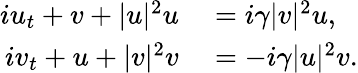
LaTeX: \begin{array}{rl}{iu_{t}+v+|u|^{2}u}&{{}=i\gamma|v|^{2}u,}\\ {iv_{t}+u+|v|^{2}v}&{{}=-i\gamma|u|^{2}v.}\end{array}